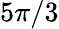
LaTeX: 5\pi/3